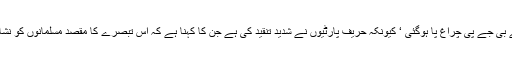
اس بیان سے بی جے پی چراغ پا ہوگئی ‘ کیونکہ حریف پارٹیوں نے شدید تنقید کی ہے جن کا کہنا ہے کہ اس تبصرے کا مقصد مسلمانوں کو نشانہ بنانا تھا ۔